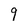
Character: 9